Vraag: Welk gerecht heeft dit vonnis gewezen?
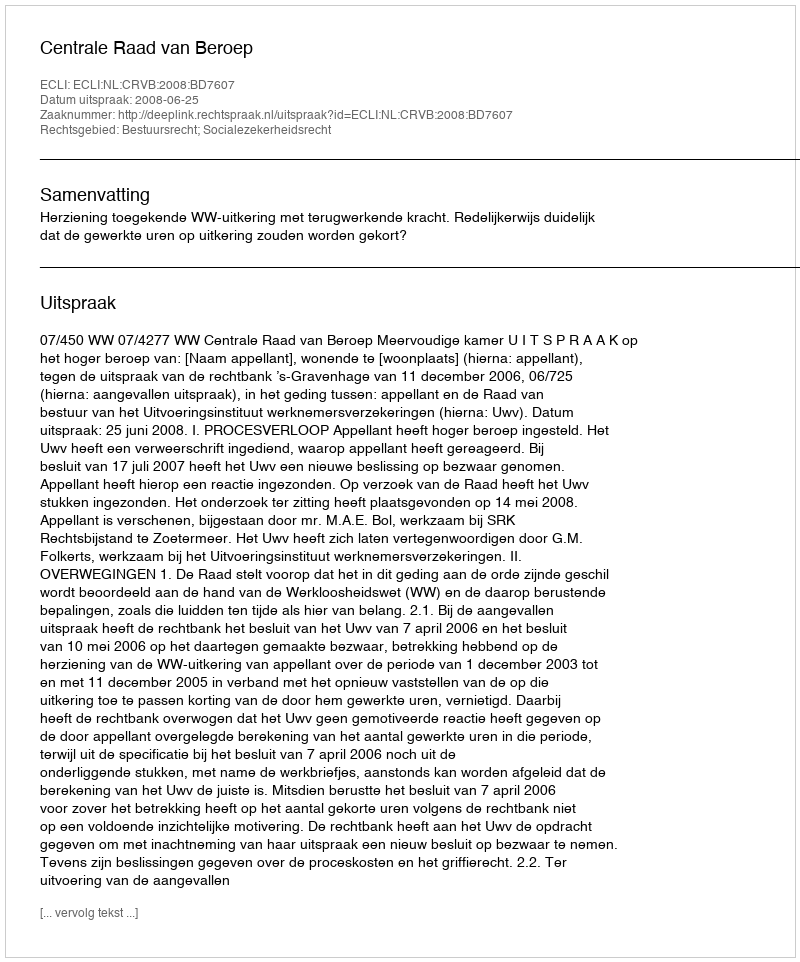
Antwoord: Centrale Raad van Beroep